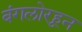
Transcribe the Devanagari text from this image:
बंगलोरहून